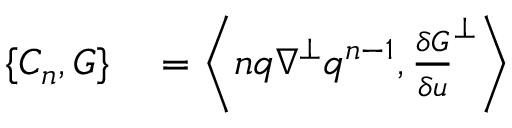
\begin{array} { r l } { \{ C _ { n } , G \} } & { { } = \left\langle n q \nabla ^ { \perp } q ^ { n - 1 } , \frac { \delta G } { \delta u } ^ { \perp } \right\rangle } \end{array}